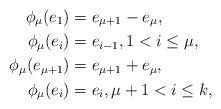
LaTeX: \begin{align*}\phi_\mu(e_1) & = e_{\mu+1}-e_\mu, \\\phi_\mu(e_i) & = e_{i-1}, 1< i \leq \mu, \\\phi_\mu(e_{\mu+1}) & = e_{\mu+1} + e_\mu, \\\phi_\mu(e_i) & = e_i, \mu +1 < i \leq k,\end{align*}